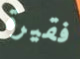
فقيرة